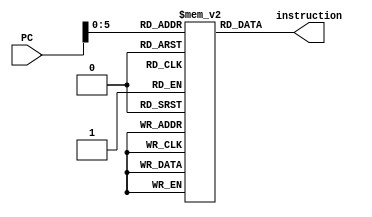
`ifndef __INSTRUCTIONMEMORY_V__
`define __INSTRUCTIONMEMORY_V__

module InstructionMemory (
	input wire [31:0] PC,
	output wire [31:0] instruction
	);

	reg [31:0] instr_mem[0:63];
	wire[31:0] loc0, loc4, loc8, loc12, loc16, loc20, loc24;
	integer i;

	assign loc0 = instr_mem[0];
	assign loc4 = instr_mem[1];
	assign loc8 = instr_mem[2];
	assign loc12 = instr_mem[3];
	assign loc16 = instr_mem[4];
	assign loc20 = instr_mem[5];
	assign loc24 = instr_mem[6];


	initial // for test
	begin
		instr_mem[0] <= 32'h012A4020; // add R8, R9, R10
		instr_mem[1] <= 32'h012A4023; // sub R8, R9, R10
		instr_mem[2] <= 32'h212A000C; // addi R10, R9, 12
		instr_mem[3] <= 32'h01090018; // mult R0, R8, R9
		instr_mem[4] <= 32'h012A4024; // and R7, R3, R4
		instr_mem[5] <= 32'h34CE0002; // ori R14, R6, 2
		instr_mem[6] <= 32'h8D28000C; // lw
		instr_mem[7] <= 32'h2128000D;
		instr_mem[8] <= 32'h212B000D; // add

		for (i = 9; i < 64; i = i + 1)
		begin
			instr_mem[i] <= 0;
		end
	end
	
	assign instruction = instr_mem[PC];

endmodule

`endif /*__INSTRUCTIONMEMORY_V__*/